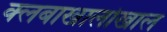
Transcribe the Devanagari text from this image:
क्लबाखालोखाल